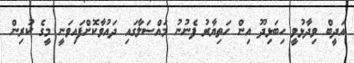
އަދީބް ވިދާޅުވީ ހިބަޅިދޫ އިން ހަތިޔާރު ފެނުނު މައްސަލާގައި ދައުވާކޮށްފައިވަނީ މީގެ ކުރިން